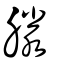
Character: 滕